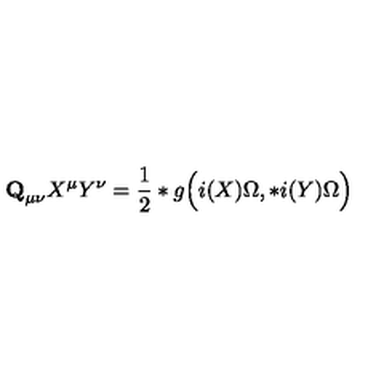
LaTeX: { \bf Q } _ { \mu \nu } X ^ { \mu } Y ^ { \nu } = \frac 1 2 * g \Bigl ( i ( X ) \Omega , * i ( Y ) \Omega \Bigr )